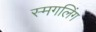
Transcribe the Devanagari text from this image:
स्मगलिंग